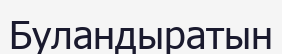
Буландыратын